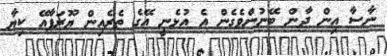
ނާސާ އިން ދާން ބޭނުންވެގެން އެ އުޅެނީ އޭގެ ތެރެއިން ޔޫރަޕާއޭ ކިޔާ